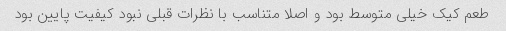
طعم کیک خیلی متوسط بود و اصلا متناسب با نظرات قبلی نبود کیفیت پایین بود